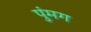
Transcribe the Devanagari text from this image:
पुंमग